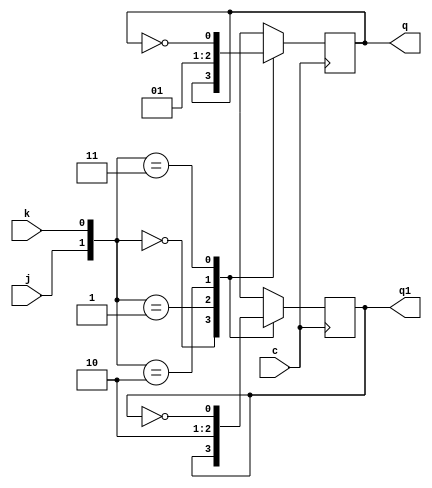
// Exercicio 001  RAM 1X4
// Nome: tila Martins Silva Jnior

module jkff(q,q1,j,k,c);
output q,q1;
input j,k,c;
reg q,q1;
initial begin q=1'b0; q1=1'b1; end
always @ (posedge c)
  begin
	case({j,k})
		 {1'b0,1'b0}:begin q=q; q1=q1; end
		 {1'b0,1'b1}: begin q=1'b0; q1=1'b1; end
		 {1'b1,1'b0}:begin q=1'b1; q1=1'b0; end
		 {1'b1,1'b1}: begin q=~q; q1=~q1; end
	endcase
   end
endmodule

module ram1x4(output[3:0] saida, input[3:0] ent, input clk, input rw, input addr);
	wire a1, a2, a3,s0, s1, s2, n0, n1, n2, n3, rw1;
	not(n0, ent[0]);
	not(n1, ent[1]);
	not(n2, ent[2]);
	not(n3, ent[3]);
	
	and(a1, clk, rw);
	and(a2, a1, addr);
	
	jkff JK0(s0,, ent[0], n0, a2);
	jkff JK1(s1,, ent[1], n1, a2);
	jkff JK2(s2,, ent[2], n2, a2);
	jkff JK3(s3,, ent[3], n3, a2);
	
	and(saida[0], addr, s0);
	and(saida[1], addr, s1);
	and(saida[2], addr, s2);
	and(saida[3], addr, s3);
endmodule

module testRam1x4;
	reg[3:0] entrada;
	reg clock, rw, addr;
	wire[3:0] saida;

	ram1x4 RAM1X4(saida, entrada, clock, rw, addr);
	
	initial begin
		$display("Exercicio01 - tila Martins Silva Jnior - 449014");
		
		clock = 0; rw = 0; addr = 0; entrada = 4'b0000;
		
		$monitor("input: %b addr: %b rw: %b output: %b",entrada,addr,rw,saida);
		#4entrada = 4'b1111; 
		#4rw = 1; addr = 1; clock = 1;
		#4entrada = 4'b0101; 
		#4clock = 0;
		#4rw = 1; addr = 1; clock = 1;
		
		
		
	end
endmodule